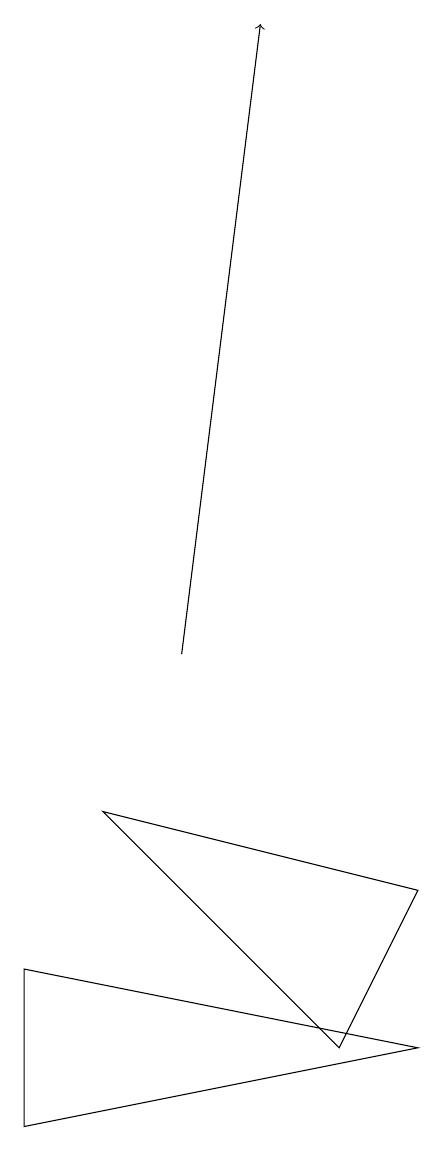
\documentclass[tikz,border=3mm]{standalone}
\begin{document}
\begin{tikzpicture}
\draw (1,5) -- (6,6) -- (1,7) -- cycle;
\draw (5,6) -- (2,9) -- (6,8) -- cycle;
\draw[->] (3,11) -- (4,19);
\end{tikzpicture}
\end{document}